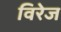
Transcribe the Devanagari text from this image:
विरेज